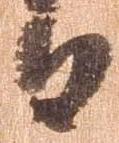
日